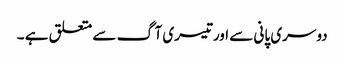
دوسری پانی سے اورتیسری آگ سے متعلق ہے ۔